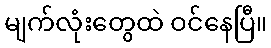
မျက်လုံးတွေထဲ ဝင်နေပြီ။